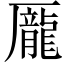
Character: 龎